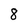
Character: 8